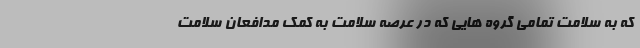
که به سلامت تمامی گروه هایی که در عرصه سلامت به کمک مدافعان سلامت